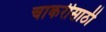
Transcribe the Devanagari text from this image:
चाकरीसाठी